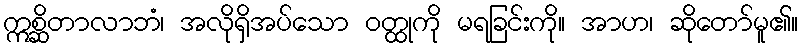
ဣစ္ဆိတာလာဘံ၊ အလိုရှိအပ်သော ဝတ္ထုကို မရခြင်းကို။ အာဟ၊ ဆိုတော်မူ၏။